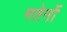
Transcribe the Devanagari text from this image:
मतेर्नो